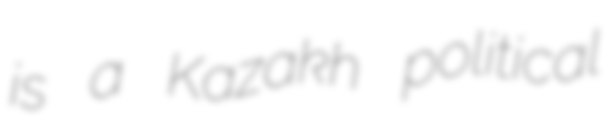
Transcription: is a Kazakh political